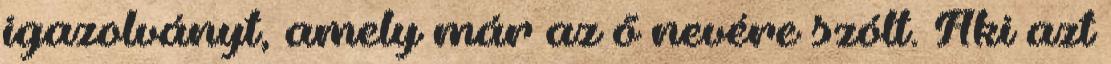
igazolványt, amely már az ő nevére szólt. Aki azt